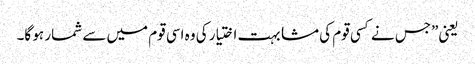
یعنی”جس نے کسی قوم کی مشابہت اختیار کی وہ اسی قوم میں سے شمار ہو گا۔